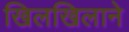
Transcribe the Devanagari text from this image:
खिलखिलाने